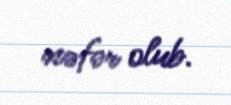
nəfər olub.